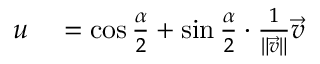
\begin{array} { r l } { u } & { { } = \cos { \frac { \alpha } { 2 } } + \sin { \frac { \alpha } { 2 } } \cdot { \frac { 1 } { \| { \vec { v } } \| } } { \vec { v } } } \end{array}